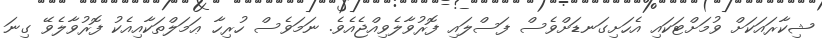
ޝިކާރައަކަށް ވުމަށްޓަކައި އެހަށިގަނޑަށްވެސް ފަސްލައި ފޮރުވާލެވިއްޖެއެވެ. ނަމަވެސް ހުރިހާ ޢަމަލްތަކާއިއެކު ފޮރުވާލެވޭ ގިނަ